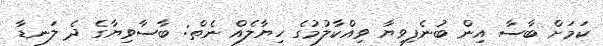
ކަމަށް ބާސާ އިން ބުނެފިވިޔާ ވިއްކާލުމުގެ ހިޔާލެއް ނެތް: ބާސާވިޔާގެ ދެ ލަނޑާ